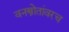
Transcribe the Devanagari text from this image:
वनस्त्रोतांवरच